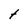
Character: t